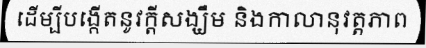
ដើម្បីបង្កើតនូវក្តីសង្ឃឹម និងកាលានុវត្តភាព